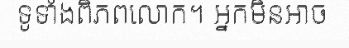
ទូទាំងពិភពលោក។ អ្នកមិនអាច